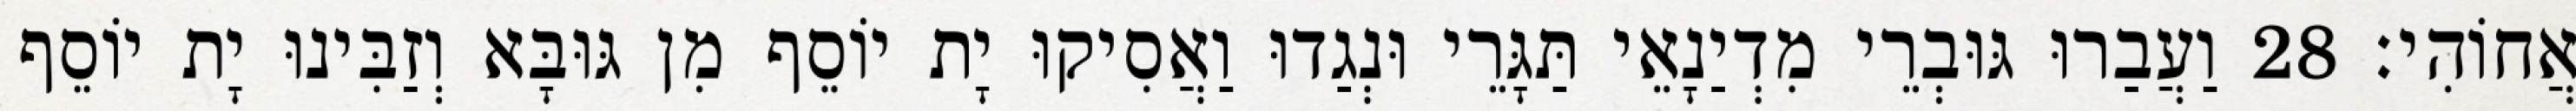
אֲחוֹהִי׃ 28 וַעֲבַרוּ גּוּבְרֵי מִדְיַנָאֵי תַּגָּרֵי וּנְגַדוּ וַאֲסִיקוּ יָת יוֹסֵף מִן גּוּבָּא וְזַבִּינוּ יָת יוֹסֵף